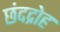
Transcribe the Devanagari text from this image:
छंदद्रोह